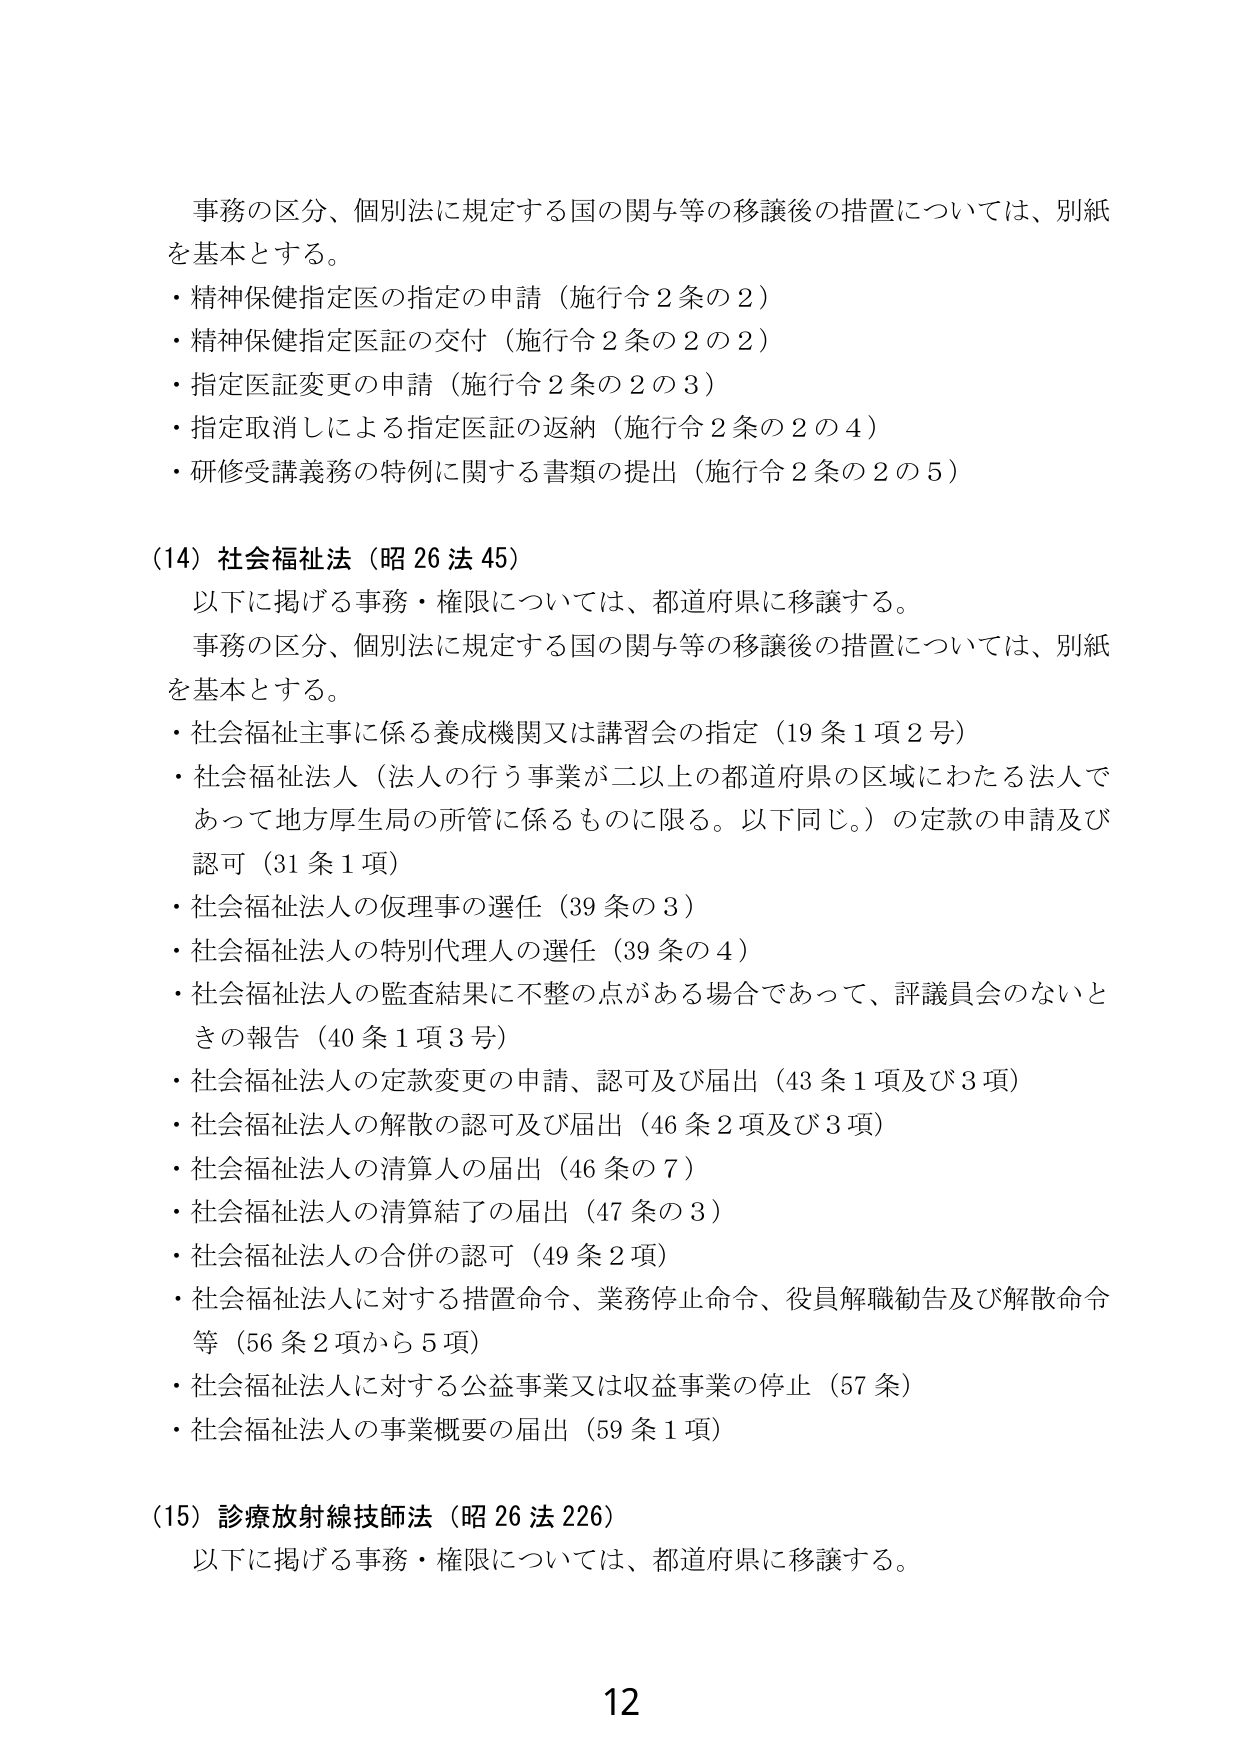
事務の区分、個別法に規定する国の関与等の移譲後の措置については、別紙を基本とする。
・精神保健指定医の指定の申請（施行令２条の２）
・精神保健指定医証の交付（施行令２条の２の２）
・指定医証変更の申請（施行令２条の２の３）
・指定取消しによる指定医証の返納（施行令２条の２の４）
・研修受講義務の特例に関する書類の提出（施行令２条の２の５）

（14）社会福祉法（昭26法45）
以下に掲げる事務・権限については、都道府県に移譲する。
事務の区分、個別法に規定する国の関与等の移譲後の措置については、別紙を基本とする。
・社会福祉主事に係る養成機関又は講習会の指定（19条1項2号）
・社会福祉法人（法人の行う事業が二以上の都道府県の区域にわたる法人であって地方厚生局の所管に係るものに限る。以下同じ。）の定款の申請及び認可（31条1項）
・社会福祉法人の仮理事の選任（39条の3）
・社会福祉法人の特別代理人の選任（39条の4）
・社会福祉法人の監査結果に不整の点がある場合であって、評議員会のないときの報告（40条1項3号）
・社会福祉法人の定款変更の申請、認可及び届出（43条1項及び3項）
・社会福祉法人の解散の認可及び届出（46条2項及び3項）
・社会福祉法人の清算人の届出（46条の7）
・社会福祉法人の清算結了の届出（47条の3）
・社会福祉法人の合併の認可（49条2項）
・社会福祉法人に対する措置命令、業務停止命令、役員解職勧告及び解散命令等（56条2項から5項）
・社会福祉法人に対する公益事業又は収益事業の停止（57条）
・社会福祉法人の事業概要の届出（59条1項）

（15）診療放射線技師法（昭26法226）
以下に掲げる事務・権限については、都道府県に移譲する。

12